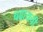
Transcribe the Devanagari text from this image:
चढायची